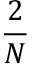
\frac { 2 } { N }